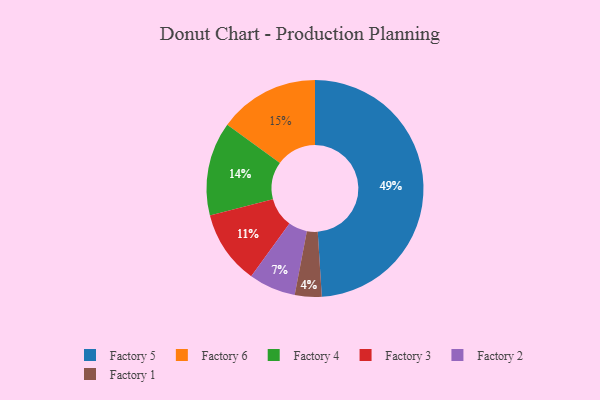
{"axis": {"x": "Category", "y": "Percentage"}, "legend": ["Factory 1", "Factory 2", "Factory 3", "Factory 4", "Factory 5", "Factory 6"], "data": [{"x": "Factory 5", "y": 49, "type": "Factory 5"}, {"x": "Factory 3", "y": 11, "type": "Factory 3"}, {"x": "Factory 4", "y": 14, "type": "Factory 4"}, {"x": "Factory 1", "y": 4, "type": "Factory 1"}, {"x": "Factory 2", "y": 7, "type": "Factory 2"}, {"x": "Factory 6", "y": 15, "type": "Factory 6"}]}